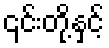
၎င်းတို့နှင့်